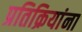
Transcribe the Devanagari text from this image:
प्रतिक्रियांना